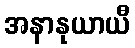
အနာနုယာယီ